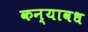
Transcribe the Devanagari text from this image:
कन्यावध